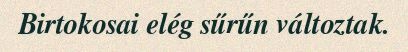
Birtokosai elég sűrűn változtak.